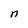
Character: n